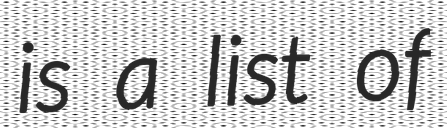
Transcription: is a list of